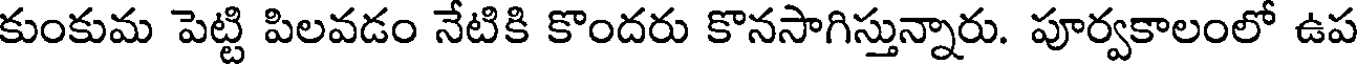
కుంకుమ పెట్టి పిలవడం నేటికి కొందరు కొనసాగిస్తున్నారు. పూర్వకాలంలో ఉప